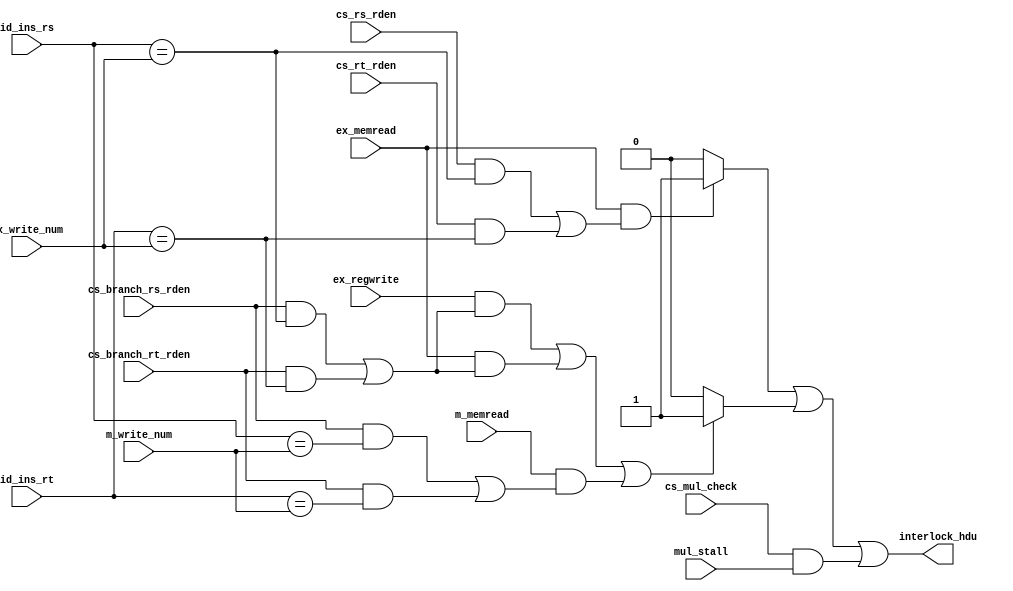
module hazard_det_unit(
        id_ins_rs,
        id_ins_rt,
        cs_rs_rden,
        cs_rt_rden,
        cs_branch_rs_rden,
        cs_branch_rt_rden,
        ex_memread,
        ex_write_num,
        ex_regwrite,
        m_memread,
        m_write_num,
        cs_mul_check,
        mul_stall,
        interlock_hdu
        );

   // input           hdu_mask;
    input   [4:0]   id_ins_rs;
    input   [4:0]   id_ins_rt;
    input           cs_rs_rden;
    input           cs_rt_rden;
    input           cs_branch_rs_rden;
    input           cs_branch_rt_rden;
    input           ex_memread;
    input   [4:0]   ex_write_num;
    input           ex_regwrite;
    input           m_memread;
    input   [4:0]   m_write_num;
    input           cs_mul_check;
    input           mul_stall;
    output          interlock_hdu;


    reg             branch_hazard;
    reg             load_use_hazard;
    wire            mul_hazard;

    //Load-Use Hazard
    always@( cs_rs_rden or cs_rt_rden or
             id_ins_rs or id_ins_rt or
             ex_memread or ex_write_num)
    begin

            if( ex_memread &
                ( (cs_rs_rden & (id_ins_rs == ex_write_num) )|
                  (cs_rt_rden & (id_ins_rt == ex_write_num) )
                 )
               )
                    load_use_hazard = 1'b1 ;
            else
                    load_use_hazard = 1'b0 ;

    end


        //MIPS Branch Hazard
        always@(cs_branch_rs_rden or cs_branch_rt_rden or
                id_ins_rs or id_ins_rt or
                ex_regwrite or ex_write_num or
                ex_memread or ex_write_num or
                m_memread or m_write_num)
        begin

                if(  (  (ex_regwrite)&
                        ( ( (cs_branch_rs_rden)&
                            (id_ins_rs==ex_write_num) )|
                          ( (cs_branch_rt_rden)&
                            (id_ins_rt==ex_write_num) ) )
                      ) |
                      (  (ex_memread)&
                        ( ( (cs_branch_rs_rden)&
                            (id_ins_rs==ex_write_num) )|
                          ( (cs_branch_rt_rden)&
                            (id_ins_rt==ex_write_num) ) )
                      ) |
                      (  (m_memread)&
                        ( ( (cs_branch_rs_rden)&
                            (id_ins_rs==m_write_num) )|
                          ( (cs_branch_rt_rden)&
                            (id_ins_rt==m_write_num) ) )
                      )
                   )
                        branch_hazard = 1'b1 ;
                else
                        branch_hazard = 1'b0 ;

        end


    assign  mul_hazard = cs_mul_check & mul_stall ;

    assign  interlock_hdu = load_use_hazard | branch_hazard | mul_hazard;


endmodule